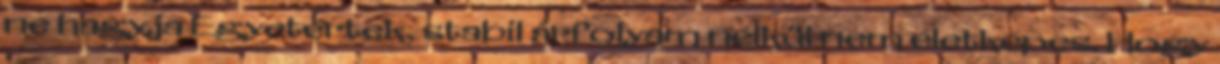
ne hagyja Egyetértek, stabil árfolyam nélkül nem életképes. Hogy